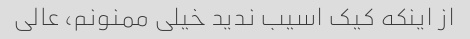
از اینکه کیک اسیب ندید خیلی ممنونم، عالی